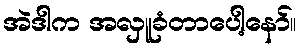
အဲဒါက အလှူခံတာပေါ့နော်။